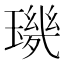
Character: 𱯡